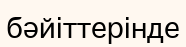
бәйіттерінде